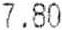
7.80